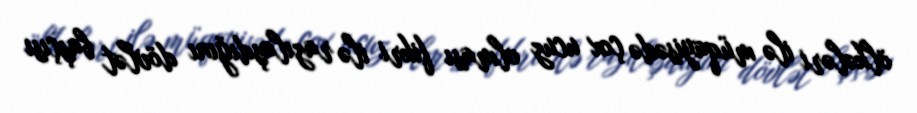
ölkələri ilə müqayisədə çox ucuz olması fikri ilə razılaşdığını dövlət başçısı